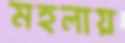
মহলায়